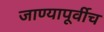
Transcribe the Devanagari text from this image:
जाण्यापूर्वीच